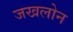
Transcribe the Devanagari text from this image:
जखलोन